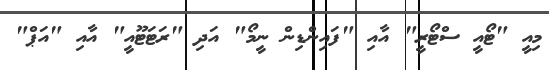
މިއީ "ޓޯއީ ސްޓޯރީ" އާއި "ފައިންޑިން ނީމޯ" އަދި "ރަޓަޓޫއީ" އާއި "އަޕް"